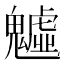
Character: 魖